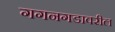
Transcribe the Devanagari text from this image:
गगनगडावरील